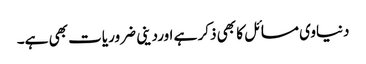
دنیاوی مسائل کا بھی ذکر ہے اورد ینی ضروریات بھی ہے۔